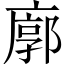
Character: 廓